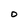
Character: O